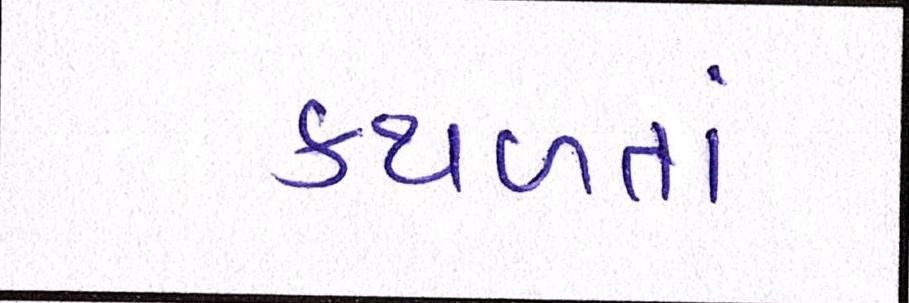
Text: કથળતાં